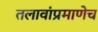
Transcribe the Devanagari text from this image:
तलावांप्रमाणेच